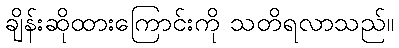
ချိန်းဆိုထားကြောင်းကို သတိရလာသည်။